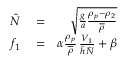
\begin{array} { r l r } { \hat { N } } & { { } = } & { \sqrt { \frac { g } { a } \frac { \rho _ { p } - \rho _ { 2 } } { \overline { { \rho } } } } } \\ { f _ { 1 } } & { { } = } & { \alpha \frac { \rho _ { p } } { \overline { { \rho } } } \, \frac { V _ { 1 } } { \hat { h } \hat { N } } + \beta } \end{array}